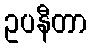
ဥပနီတာ